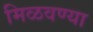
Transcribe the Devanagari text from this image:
मिळवण्या